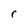
Character: r